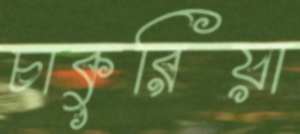
চাকুরিয়া